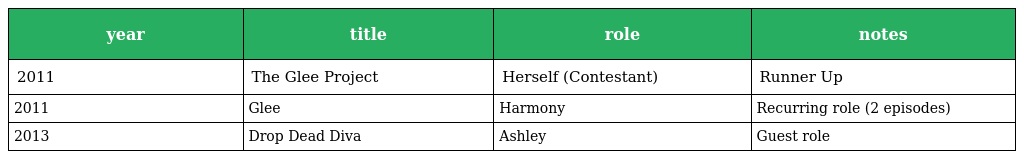
| year | title | role | notes |
 | --- | --- | --- | --- |
 | 2011 | The Glee Project | Herself (Contestant) | Runner Up |
 | 2011 | Glee | Harmony | Recurring role (2 episodes) |
 | 2013 | Drop Dead Diva | Ashley | Guest role |